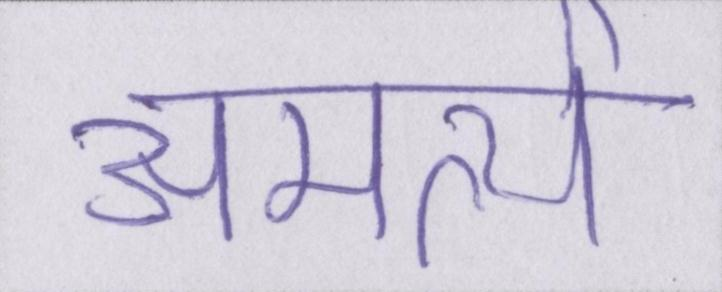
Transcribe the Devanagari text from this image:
अमर्त्य